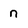
Character: n